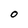
Character: O